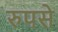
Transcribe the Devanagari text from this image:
रुपसे